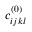
c _ { i j k l } ^ { ( 0 ) }